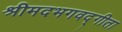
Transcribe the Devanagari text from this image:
श्रीमदभगवद्गीता